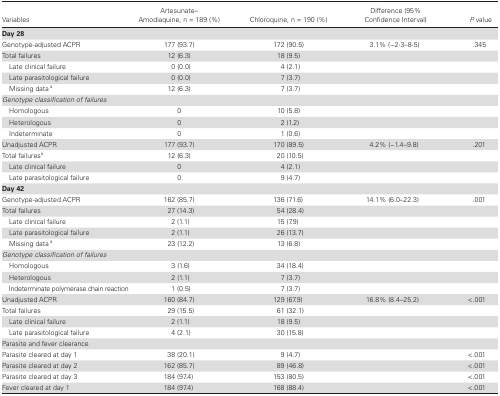
<table><thead><tr><td><b>Variables</b></td><td><b>Artesunate– Amodiaquine, n = 189 (%)</b></td><td><b>Chloroquine, n = 190 (%)</b></td><td><b>Difference (95% Confidence Interval)</b></td><td><b><i>P</i> value</b></td></tr></thead><tbody><tr><td colspan="5"><b>Day 28</b></td></tr><tr><td>Genotype-adjusted ACPR</td><td>177 (93.7)</td><td>172 (90.5)</td><td>3.1% (−2⋅3–8⋅5)</td><td>.345</td></tr><tr><td>Total failures</td><td>12 (6.3)</td><td>18 (9.5)</td><td></td></tr><tr><td> Late clinical failure</td><td>0 (0.0)</td><td>4 (2.1)</td><td></td></tr><tr><td> Late parasitological failure</td><td>0 (0.0)</td><td>7 (3.7)</td><td></td></tr><tr><td> Missing data <sup><b>a</b></sup></td><td>12 (6.3)</td><td>7 (3.7)</td><td></td></tr><tr><td colspan="5"><i>Genotype classification of failures</i></td></tr><tr><td> Homologous</td><td>0</td><td>10 (5.8)</td><td></td></tr><tr><td> Heterologous</td><td>0</td><td>2 (1.2)</td><td></td></tr><tr><td> Indeterminate</td><td>0</td><td>1 (0.6)</td><td></td></tr><tr><td>Unadjusted ACPR</td><td>177 (93.7)</td><td>170 (89.5)</td><td>4.2% (−1.4–9.8)</td><td>.201</td></tr><tr><td>Total failures<sup>a</sup></td><td>12 (6.3)</td><td>20 (10.5)</td><td></td></tr><tr><td> Late clinical failure</td><td>0</td><td>4 (2.1)</td><td></td></tr><tr><td> Late parasitological failure</td><td>0</td><td>9 (4.7)</td><td></td></tr><tr><td colspan="5"><b>Day 42</b></td></tr><tr><td>Genotype-adjusted ACPR</td><td>162 (85.7)</td><td>136 (71.6)</td><td>14.1% (6.0–22.3)</td><td>.001</td></tr><tr><td>Total failures</td><td>27 (14.3)</td><td>54 (28.4)</td><td></td></tr><tr><td> Late clinical failure</td><td>2 (1.1)</td><td>15 (7.9)</td><td></td></tr><tr><td> Late parasitological failure</td><td>2 (1.1)</td><td>26 (13.7)</td><td></td></tr><tr><td> Missing data <sup><b>a</b></sup></td><td>23 (12.2)</td><td>13 (6.8)</td><td></td></tr><tr><td><i>Genotype classification of failures</i></td><td></td><td></td><td></td></tr><tr><td> Homologous</td><td>3 (1.6)</td><td>34 (18.4)</td><td></td></tr><tr><td> Heterologous</td><td>2 (1.1)</td><td>7 (3.7)</td><td></td></tr><tr><td> Indeterminate polymerase chain reaction</td><td>1 (0.5)</td><td>7 (3.7)</td><td></td></tr><tr><td>Unadjusted ACPR</td><td>160 (84.7)</td><td>129 (67.9)</td><td>16.8% (8.4–25.2)</td><td>&lt;.001</td></tr><tr><td>Total failures</td><td>29 (15.5)</td><td>61 (32.1)</td><td></td></tr><tr><td> Late clinical failure</td><td>2 (1.1)</td><td>18 (9.5)</td><td></td></tr><tr><td> Late parasitological failure</td><td>4 (2.1)</td><td>30 (15.8)</td><td></td><td></td></tr><tr><td>Parasite and fever clearance</td><td></td><td></td><td></td><td></td></tr><tr><td>Parasite cleared at day 1</td><td>38 (20.1)</td><td>9 (4.7)</td><td></td><td>&lt;.001</td></tr><tr><td>Parasite cleared at day 2</td><td>162 (85.7)</td><td>89 (46.8)</td><td></td><td>&lt;.001</td></tr><tr><td>Parasite cleared at day 3</td><td>184 (97.4)</td><td>153 (80.5)</td><td></td><td>&lt;.001</td></tr><tr><td>Fever cleared at day 1</td><td>184 (97.4)</td><td>168 (88.4)</td><td></td><td>&lt;.001</td></tr></tbody></table>